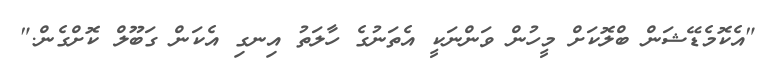
"އެކޮމެޑޭޝަން ބްލޮކަށް މީހުން ވަންނަކީ އެތަނުގެ ހާލަތު އިނގި އެކަން ގަބޫލް ކޮށްގެން."